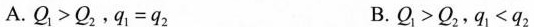
A.$$Q{ 1 } > Q{ 2}$$,$$q{ 1 } = q{ 2 }$$ B.$$Q{ 1 } > Q{ 2}$$,$$q{ 1 } < q{ 2 }$$